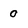
Character: 0